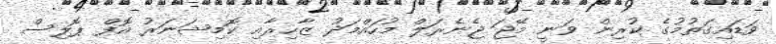
ވަޑައިގަތުމުގެ ކުރިން ވަނީ މޭޖަ ޖެނެރަލް މުހައްމަދު ޒާހިރާއި ކޮމިޝަނަރު އޮފް ޕޮލިސް